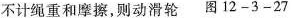
不计绳重和摩擦，则动滑轮 图12-3-27